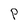
Character: P